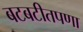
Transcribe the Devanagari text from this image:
बटबटीतपणा